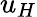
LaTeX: u_{H}